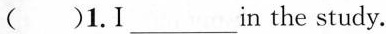
( )1.I___in the study.